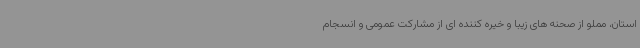
استان، مملو از صحنه های زیبا و خیره کننده ای از مشارکت عمومی و انسجام